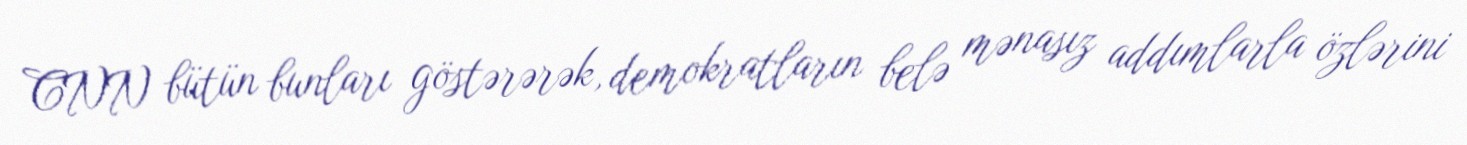
CNN bütün bunları göstərərək, demokratların belə mənasız addımlarla özlərini